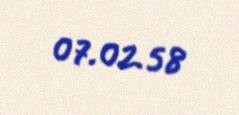
07.02.58